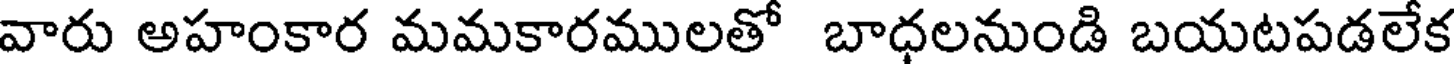
వారు అహంకార మమకారములతో బాధలనుండి బయటపడలేక